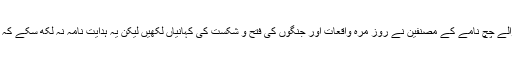
ساتویں اور آٹھویں صدی میں سندھ کی تاریخ پر لکھے جانے والے چچ نامے کے مصنفین نے روز مرہ واقعات اور جنگوں کی فتح و شکست کی کہانیاں لکھیں لیکن یہ ہدایت نامہ نہ لکھ سکے کہ آنے والے دنوں میں سندھ میں عوامی راج نہیں غیبی راج ہو گا۔